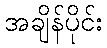
အချိန်ပိုင်း